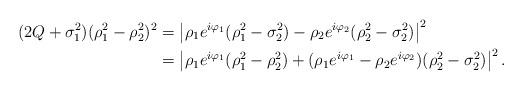
LaTeX: \begin{align*} (2Q+\sigma_1^2)(\rho_1^2-\rho_2^2)^2&=\left| \rho_1e^{i\varphi_1}(\rho_1^2-\sigma_2^2)-\rho_2e^{i\varphi_2}(\rho_2^2-\sigma_2^2)\right|^2\\&=\left| \rho_1e^{i\varphi_1}(\rho_1^2-\rho_2^2)+(\rho_1e^{i\varphi_1}-\rho_2e^{i\varphi_2})(\rho_2^2-\sigma_2^2)\right|^2.\end{align*}